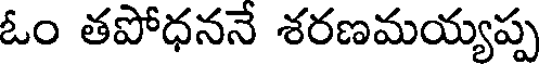
ఓం తపోధననే శరణమయ్యప్ప